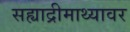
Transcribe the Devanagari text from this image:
सह्याद्रीमाथ्यावर